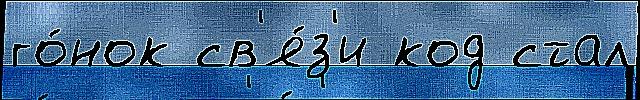
го́нок св'я́з'и код стал